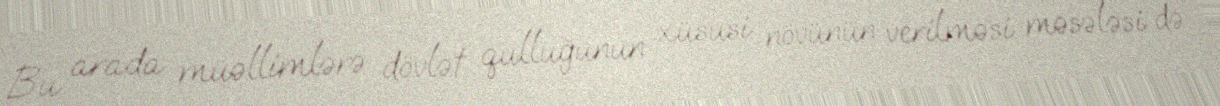
Bu arada müəllimlərə dövlət qulluğunun xüsusi növünün verilməsi məsələsi də